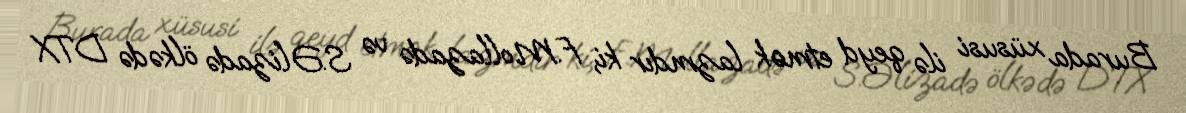
Burada xüsusi ilə qeyd etmək lazmdır ki, F.Mollazadə və S.Əlizadə ölkədə DTX